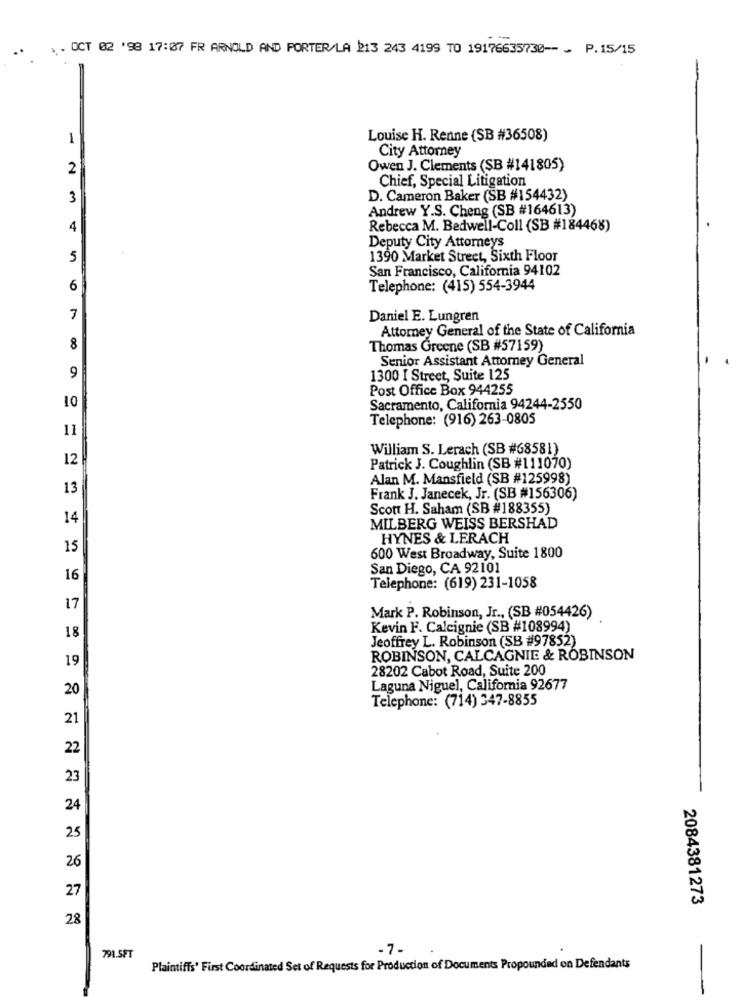
..
OCT 02 '98 17:07 FR ARNOLD AND PORTER/LA 213 243 4199 TO 19176635730 -- - P. 15/15
1
Louise H. Renne (SB #36508)
City Attorney
2
Owen J. Clements (SB #141805)
Chief, Special Litigation
3
D. Cameron Baker (SB #154432)
Andrew Y.S. Cheng (SB #164613)
4
Rebecca M. Bedwell-Coll (SB #184468)
Deputy City Attorneys
5
1390 Market Street, Sixth Floor
San Francisco, California 94102
6
Telephone: (415) 554-3944
7
Daniel E. Lungren
Attorney General of the State of California
8
Thomas Greene (SB #57159)
Senior Assistant Attorney General
9
1300 I Street, Suite 125
Post Office Box 944255
10
Sacramento, California 94244-2550
Telephone: (916) 263-0805
11
William S. Lerach (SB #68581)
12
Patrick J. Coughlin (SB #111070)
Alan M. Mansfield (SB #125998)
13
Frank J. Janecek, Jr. (SB #156306)
Scott H. Saham (SB #188355)
14
MILBERG WEISS BERSHAD
HYNES & LERACH
15
600 West Broadway, Suite 1800
San Diego, CA 92101
16
Telephone: (619) 231-1058
17
Mark P. Robinson, Jr ., (SB #054426)
Kevin F. Calcignie (SB #108994)
18
Jeoffrey L. Robinson (SB #97852)
19
ROBINSON, CALCAGNIE & ROBINSON
28202 Cabot Road, Suite 200
20
Laguna Niguel, California 92677
Telephone: (714) 347-8855
21
22
23
24
25
26
27
2084381273
28
-7-
791.5FT
Plaintiffs' First Coordinated Set of Requests for Production of Documents Propounded on Defendants
-